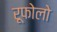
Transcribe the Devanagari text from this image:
रूफोलो